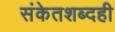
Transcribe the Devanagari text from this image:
संकेतशब्दही